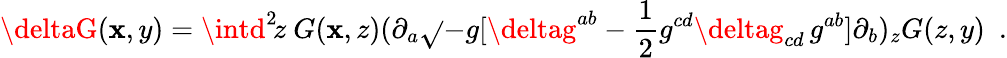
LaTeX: \deltaG(\mathbf{x},y)=\intd^{2}\! z\ G(\mathbf{x},z)(\partial_{a}\sqrt{}{{-g}}[\deltag^{ab}-{\frac{{1}}{{2}}}g^{cd}\deltag_{cd}\, g^{ab}]\partial_{b})_{z}G(z,y)\ \ .